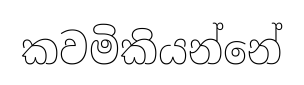
කවමිකියන්නේ